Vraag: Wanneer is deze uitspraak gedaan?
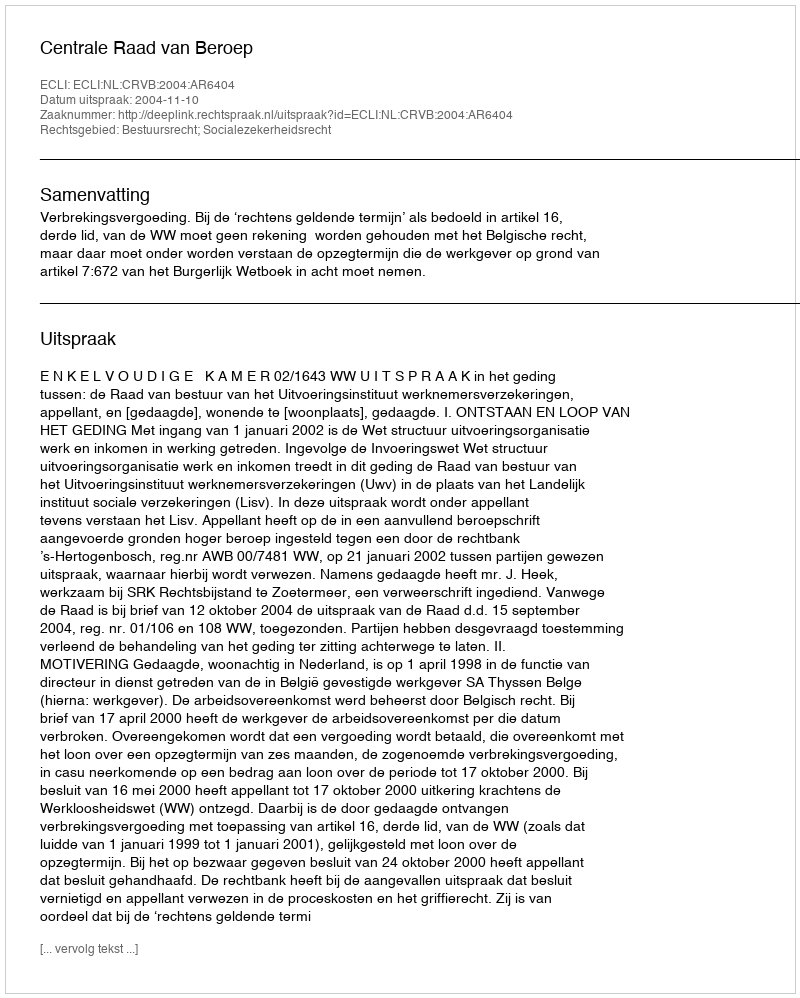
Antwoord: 2004-11-10